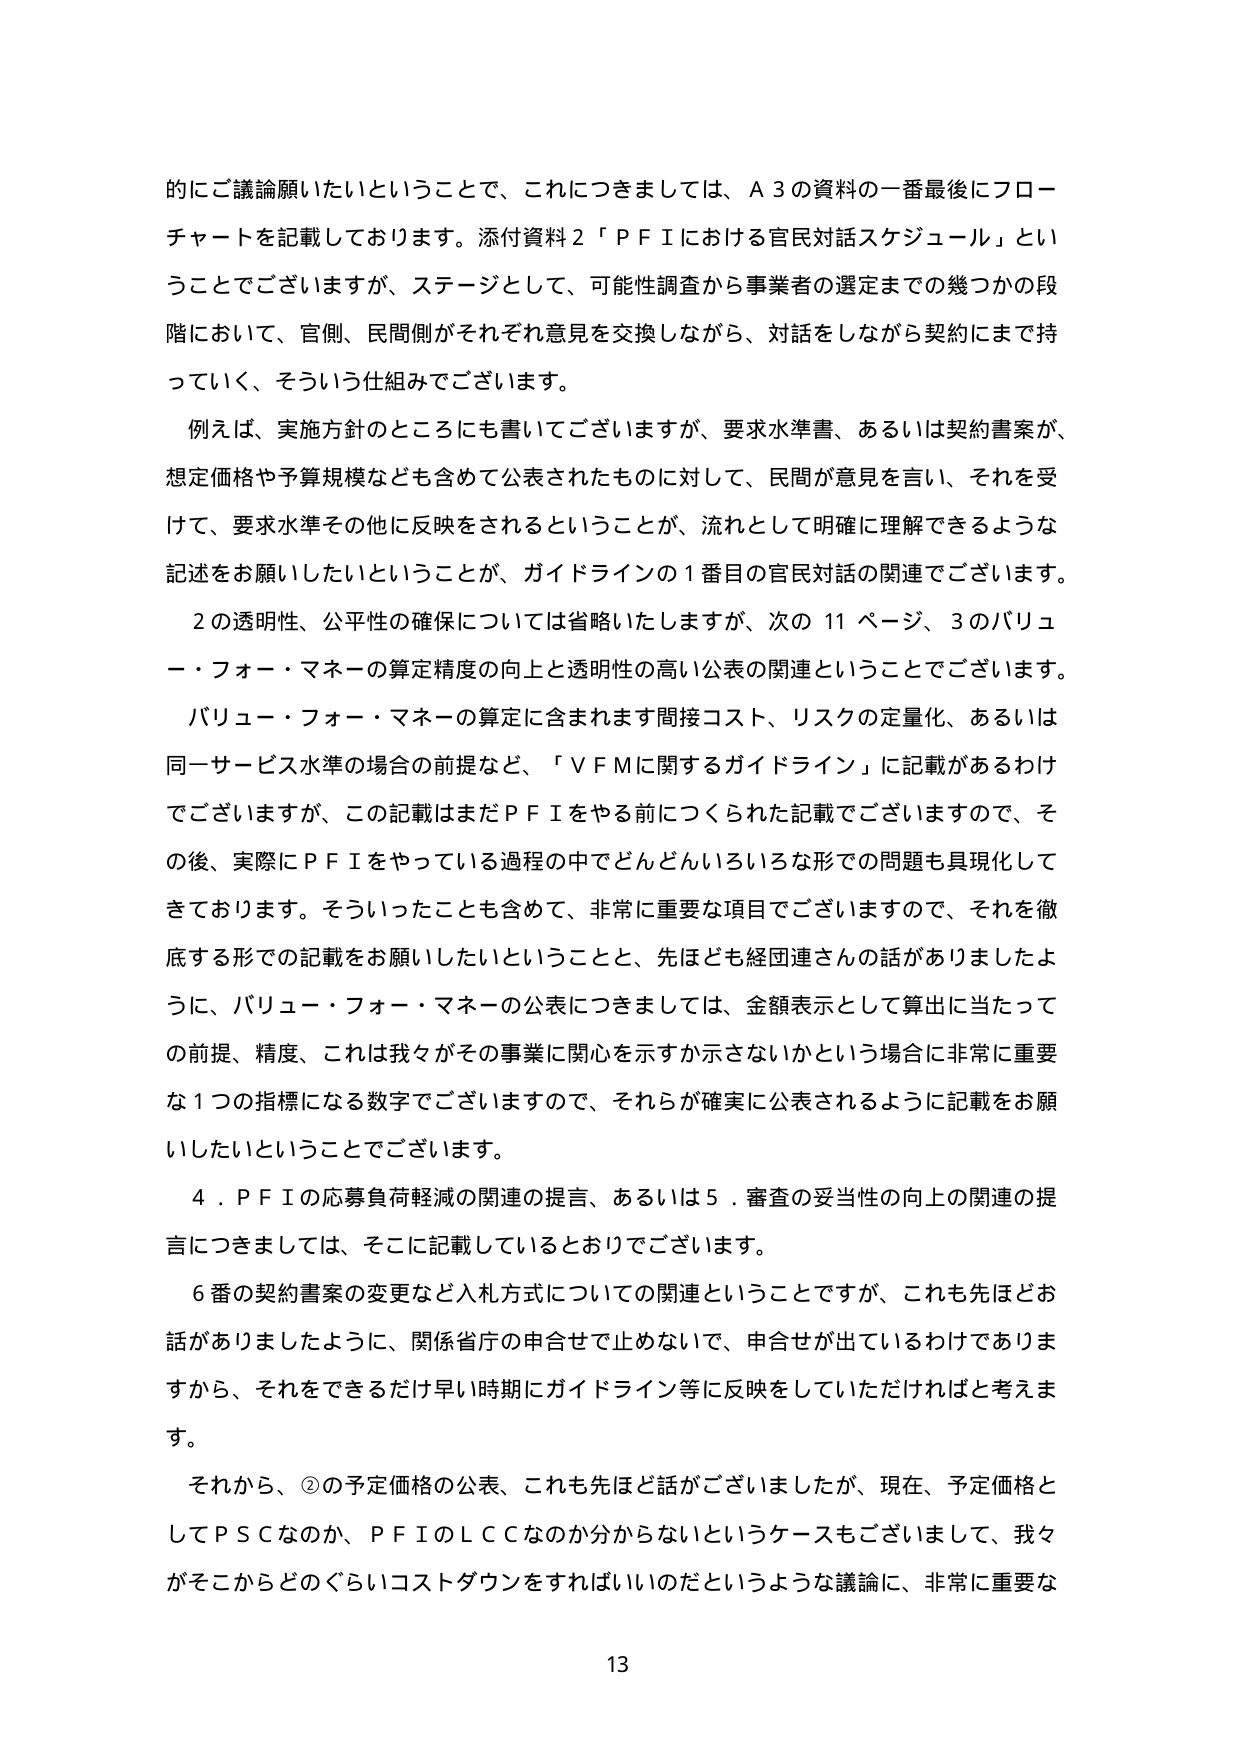
的にご議論願いたいということで、これにつきましては、Ａ３の資料の一番最後にフローチャートを記載しております。添付資料２「ＰＦＩにおける官民対話スケジュール」ということでございますが、ステージとして、可能性調査から事業者の選定までの幾つかの段階において、官側、民間側がそれぞれ意見を交換しながら、対話をしながら契約にまで持っていく、そういう仕組みでございます。

例えば、実施方針のところにも書いてございますが、要求水準書、あるいは契約書案が、想定価格や予算規模なども含めて公表されたものに対して、民間が意見を言い、それを受けて、要求水準その他に反映をされるということが、流れとして明確に理解できるような記述をお願いしたいということが、ガイドラインの１番目の官民対話の関連でございます。

２の透明性、公平性の確保については省略いたしますが、次の11ページ、３のバリュー・フォー・マネーの算定精度の向上と透明性の高い公表の関連ということでございます。

バリュー・フォー・マネーの算定に含まれます間接コスト、リスクの定量化、あるいは同一サービス水準の場合の前提など、「ＶＦＭに関するガイドライン」に記載があるわけでございますが、この記載はまだＰＦＩをやる前につくられた記載でございますので、その後、実際にＰＦＩをやっている過程の中でどんどんいろいろな形での問題も具現化してきております。そういったことも含めて、非常に重要な項目でございますので、それを徹底する形での記載をお願いしたいということと、先ほども経団連さんの話がありましたように、バリュー・フォー・マネーの公表につきましては、金額表示として算出に当たっての前提、精度、これは我々がその事業に関心を示すか示さないかという場合に非常に重要な１つの指標になる数字でございますので、それらが確実に公表されるように記載をお願いしたいということでございます。

４．ＰＦＩの応募負荷軽減の関連の提言、あるいは５．審査の妥当性の向上の関連の提言につきましては、そこに記載しているとおりでございます。

６番の契約書案の変更など入札方式についての関連ということですが、これも先ほどお話がありましたように、関係省庁の申合せで止めないで、申合せが出ているわけでありますから、それをできるだけ早い時期にガイドライン等に反映をしていただければと考えます。

それから、②の予定価格の公表、これも先ほど話がございましたが、現在、予定価格としてＰＳＣなのか、ＰＦＩのＬＣＣなのか分からないというケースもございまして、我々がそこからどのぐらいコストダウンをすればいいのだというような議論に、非常に重要な

13